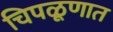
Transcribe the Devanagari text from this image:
चिपळूणात